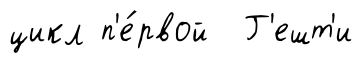
цикл п'е́рвой Г'ешт'и